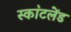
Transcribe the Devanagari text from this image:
स्का॓टलेंड